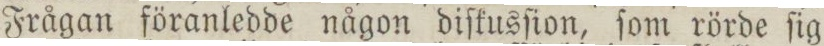
Frågan föranledde någon diſkusſion, ſom rörde ſig